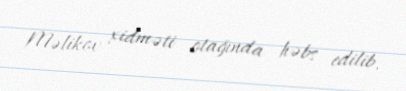
Məlikov xidməti otağında həbs edilib.